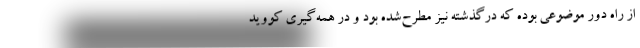
از راه دور موضوعی بوده که درگذشته نیز مطرح‌شده بود و در همه‌گیری کووید